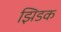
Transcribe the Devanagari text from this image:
झिडक